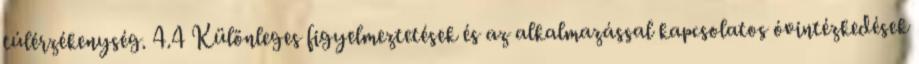
túlérzékenység. 4.4 Különleges figyelmeztetések és az alkalmazással kapcsolatos óvintézkedések